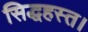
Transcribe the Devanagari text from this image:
सिद्धहस्त।